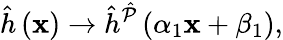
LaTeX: \hat{h}\left(\mathbf{x}\right)\to\hat{h}^{\hat{\mathcal{P}}}\left(\alpha_{1}\mathbf{x}+\beta_{1}\right),